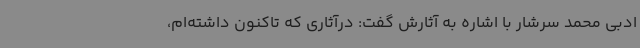
ادبی محمد سرشار با اشاره به آثارش گفت: درآثاری که تاکنون داشته‌ام،